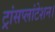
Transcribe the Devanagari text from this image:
ट्रांसप्लांटेशन।